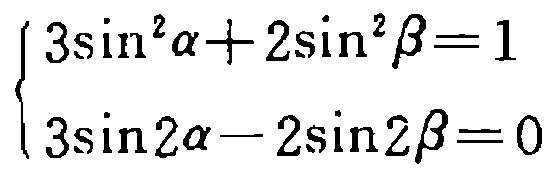
\(\begin{cases}3\sin^{2}\alpha + 2\sin^{2}\beta = 1\\3\sin2\alpha - 2\sin2\beta = 0\end{cases}\)